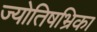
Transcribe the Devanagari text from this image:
ज्योतिषभ्रिका